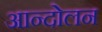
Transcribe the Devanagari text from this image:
आन्दोेलन